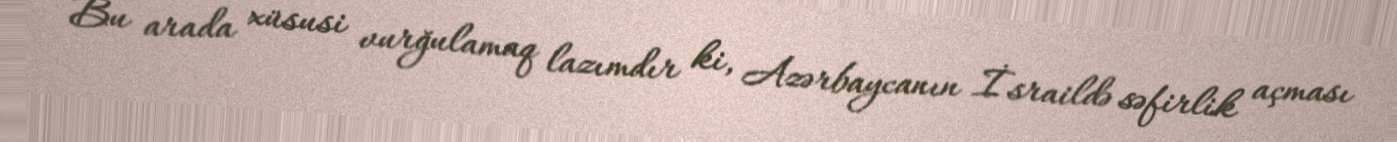
Bu arada xüsusi vurğulamaq lazımdır ki, Azərbaycanın İsraildə səfirlik açması